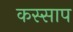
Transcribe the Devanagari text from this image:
कस्साप